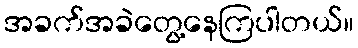
အခက်အခဲတွေ့နေကြပါတယ်။